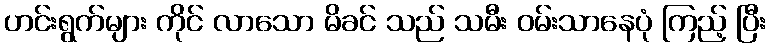
ဟင်းရွက်များ ကိုင် လာသော မိခင် သည် သမီး ဝမ်းသာနေပုံ ကြည့် ပြီး